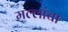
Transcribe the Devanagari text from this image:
मल्लांचा